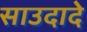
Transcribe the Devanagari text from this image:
साउदादे